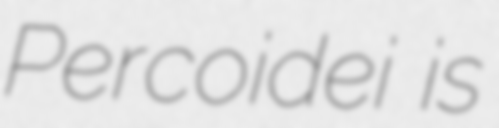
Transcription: Percoidei is